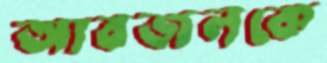
আবজলকে